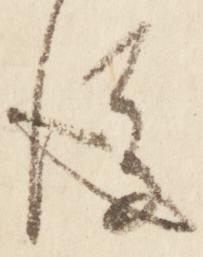
後